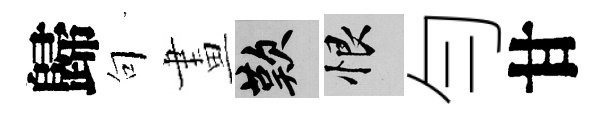
歸句畫嘆恨勻甘